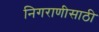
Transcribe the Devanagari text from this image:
निगराणीसाठी